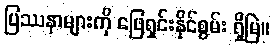
ပြဿနာများကို ဖြေရှင်းနိုင်စွမ်း ရှိမြဲ။